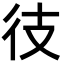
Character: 𫹍